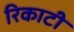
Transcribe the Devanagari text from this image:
रिकाटी